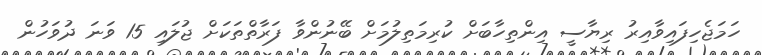
ހަމަޖެހިފައިވާއިރު ރިޔާސީ އިންތިހާބަށް ކުރިމަތިލުމަށް ބޭނުންވާ ފަރާތްތަކަށް ޖުލައި 15 ވަނަ ދުވަހުން